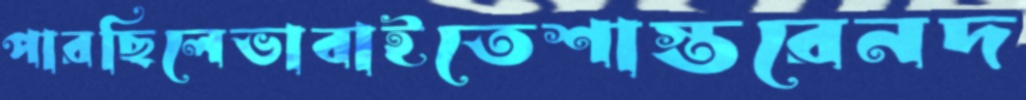
পারছিলেভাবাইতেশাস্তরেনদ